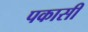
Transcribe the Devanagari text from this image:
पकासी